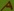
Text: A